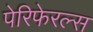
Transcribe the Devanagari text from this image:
पेरिफेरल्स